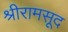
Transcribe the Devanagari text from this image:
श्रीरामसूद